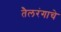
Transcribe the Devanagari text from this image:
तैलरंगाचे